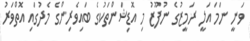
ވަނީ ނަމަ އަލީ ރަމީޒުގެ ނުފޫޒު މި އޮޑިޝަންތަކުގެ ބައިވެރިންގެ މެދުގައި އޮތްވަރު